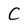
Character: C